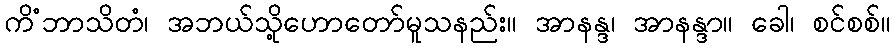
ကိံဘာသိတံ၊ အဘယ်သို့ဟောတော်မူသနည်း။ အာနန္ဒ၊ အာနန္ဒာ။ ခေါ၊ စင်စစ်။